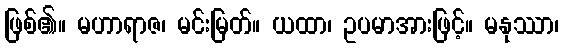
ဖြစ်၏။ မဟာရာဇ၊ မင်းမြတ်။ ယထာ၊ ဥပမာအားဖြင့်။ မနုဿာ၊